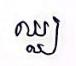
ឈ្ឈ